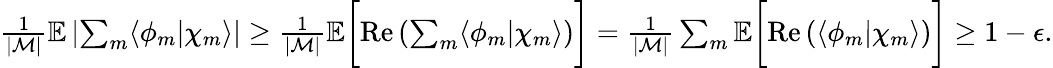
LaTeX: \begin{array}{r}{\frac{1}{|\mathcal{M}|}\mathbb{E}\left|\sum_{m}\langle\phi_{m}|\chi_{m}\rangle\right|\geq\frac{1}{|\mathcal{M}|}\mathbb{E}\bigg[\mathrm{Re}\left(\sum_{m}\langle\phi_{m}|\chi_{m}\rangle\right)\bigg]=\frac{1}{|\mathcal{M}|}\sum_{m}\mathbb{E}\bigg[\mathrm{Re}\left(\langle\phi_{m}|\chi_{m}\rangle\right)\bigg]\geq 1-\epsilon.}\end{array}